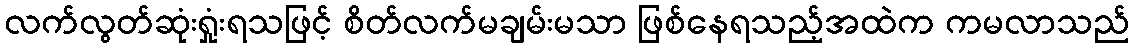
လက်လွတ်ဆုံးရှုံးရသဖြင့် စိတ်လက်မချမ်းမသာ ဖြစ်နေရသည့်အထဲက ကမလာသည်